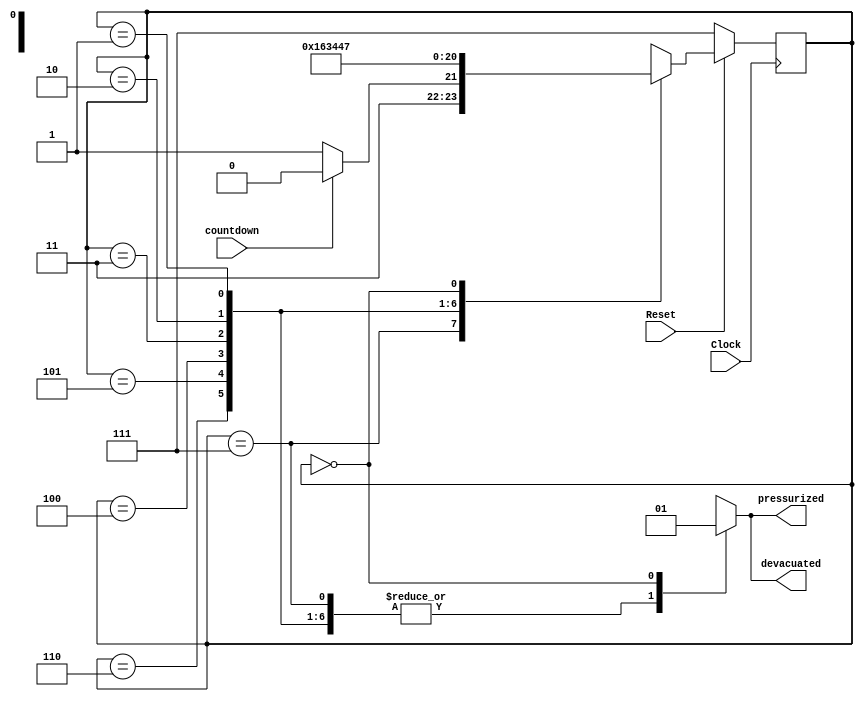
module countdown_FP(Clock, Reset, countdown, devacuated, pressurized);
	input Clock, Reset, countdown;
	output reg pressurized, devacuated;
	
	parameter A = 3'b111, B = 3'b110, C = 3'b101, D = 3'b100, E = 3'b011, F = 3'b010, G = 3'b001, H = 3'b000;
	
	reg [2:0] ps;
	reg [2:0] ns; 
	
	always@(*)
	
		case (ps)
		
			A: begin 
			
				if(countdown) begin
				ns = B;
				pressurized = 0;
				devacuated = 0;
				end 
				
				else begin
				ns = A;
				pressurized = 0;
				devacuated = 0;
				end
		
			end 
			
			B: begin 
			ns = C;	
			pressurized = 0;
			devacuated = 0;
			end 
			
			C: begin 
			ns = D;
			pressurized = 0;
			devacuated = 0;
			end 
			
			D: begin 
			ns = E;
			pressurized = 0;
			devacuated = 0;
			end 
			
			E: begin 
			ns = F;
			pressurized = 0;
			devacuated = 0;
			end 
			
			F: begin 
			ns = G;
			pressurized = 0;
			devacuated = 0;
			end 
			
			F: begin 
			ns = G;
			pressurized = 0;
			devacuated = 0;
			end 
			
			G: begin 
			ns = H;
			pressurized = 0;
			devacuated = 0;
			end 
			
			H: begin 
			ns = A;
			pressurized = 1; 
			devacuated = 1;
			end 
		
		endcase
		
	always@(posedge Clock)
		if(!Reset) begin

			ps <= A;
			
		end 
				
		else begin
		
			ps <= ns;
			
		end 
	
endmodule